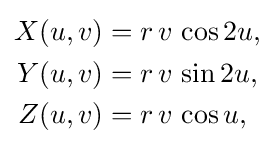
{\begin{aligned}X(u,v)&=r\,v\,\cos 2u,\\Y(u,v)&=r\,v\,\sin 2u,\\Z(u,v)&=r\,v\,\cos u,\end{aligned}}